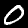
Digit: 0